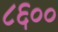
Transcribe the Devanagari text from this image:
८६००